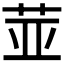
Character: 𱽛